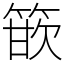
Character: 篏